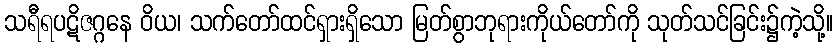
သရီရပဋိဇဂ္ဂနေ ဝိယ၊ သက်တော်ထင်ရှားရှိသော မြတ်စွာဘုရားကိုယ်တော်ကို သုတ်သင်ခြင်း၌ကဲ့သို့။